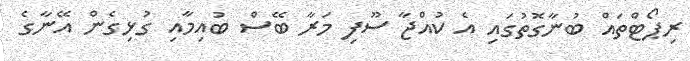
ރިޕޯޓްތައް ބުނާގޮތުގައި އެ ކުއްޖާ ސޫފި މަރާ ބޭސް ބުއިމާއި ގުޅިގެން އޭނާގެ